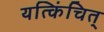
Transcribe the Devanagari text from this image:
यत्किंचित्‌